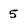
Character: 5